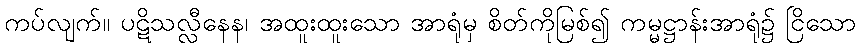
ကပ်လျက်။ ပဋိသလ္လီနေန၊ အထူးထူးသော အာရုံမှ စိတ်ကိုမြစ်၍ ကမ္မဋ္ဌာန်းအာရုံ၌ ငြိသော